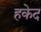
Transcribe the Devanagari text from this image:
हकेद